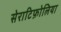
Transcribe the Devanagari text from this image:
सेराटिफ़ोलिया